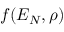
f ( { \cal E } _ { N } , \rho )